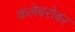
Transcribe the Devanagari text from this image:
कलेबरोबर